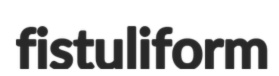
fistuliform